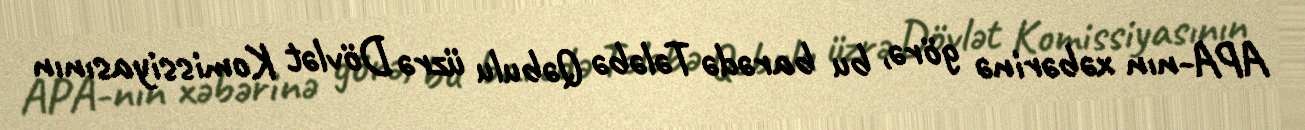
APA-nın xəbərinə görə, bu barədə Tələbə Qəbulu üzrə Dövlət Komissiyasının